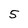
Character: 5